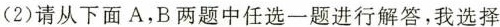
(2)请从下面A，B两题中任选一题进行解答，我选择